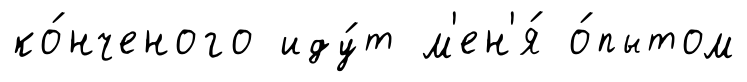
ко́нченого иду́т м'ен'я́ о́пытом